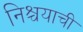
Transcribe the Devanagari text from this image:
निश्चयाची